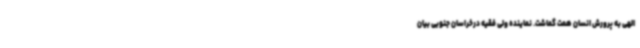
الهی به پرورش انسان همت گماشت. نماینده ولی فقیه درخراسان جنوبی بیان